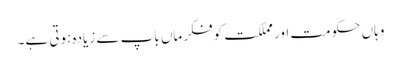
وہاں حکومت اور مملکت کوفکر ماں باپ سے زیادہ ہوتی ہے۔